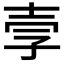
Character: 𫯂